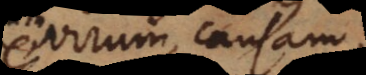
um, causam,